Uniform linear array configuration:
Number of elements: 32
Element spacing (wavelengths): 0.25
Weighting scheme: blackman
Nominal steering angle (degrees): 60
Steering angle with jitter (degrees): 61.311
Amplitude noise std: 0.05
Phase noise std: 0.05

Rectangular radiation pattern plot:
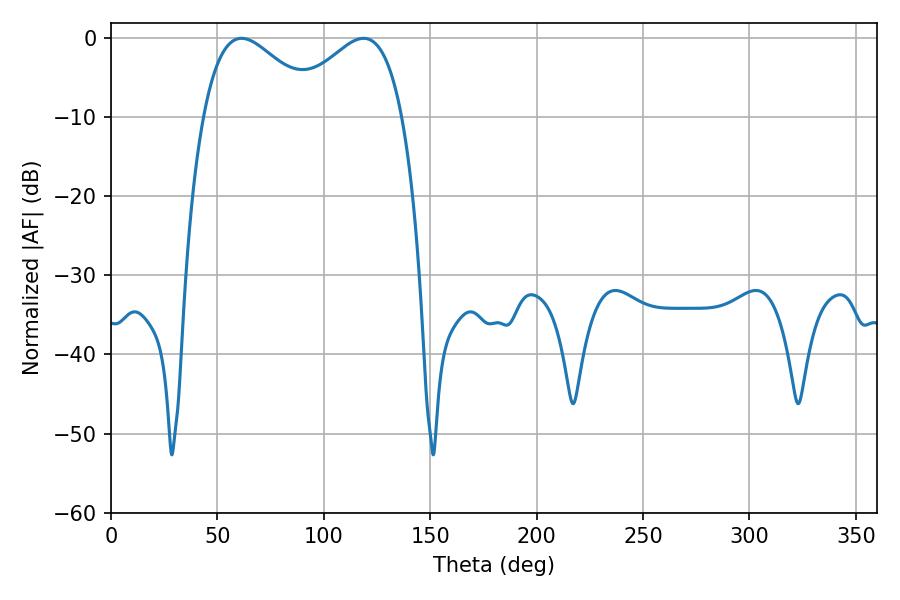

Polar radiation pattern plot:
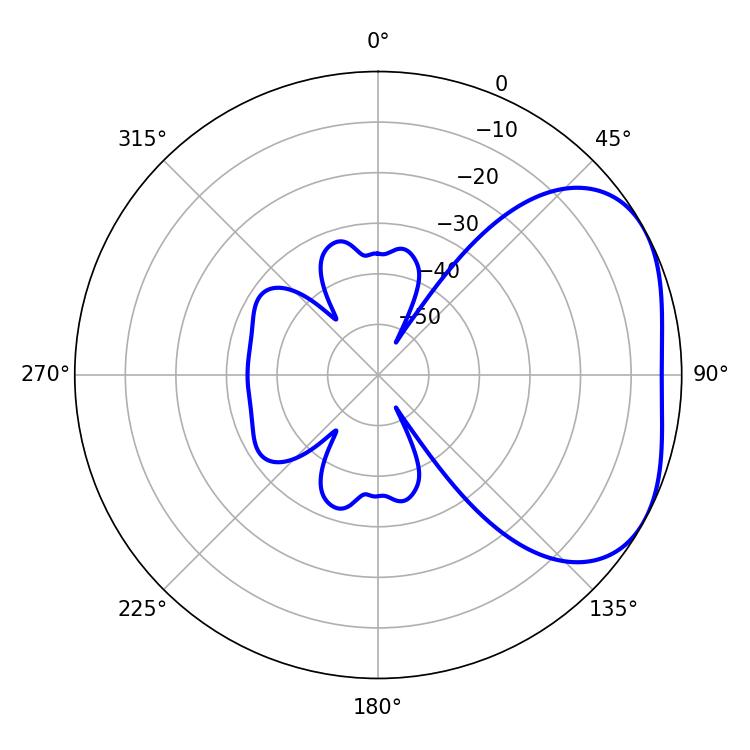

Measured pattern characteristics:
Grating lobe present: FALSE
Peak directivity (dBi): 3.312
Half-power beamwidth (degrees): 29.52
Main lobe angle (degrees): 61.38